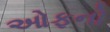
ઓફનો